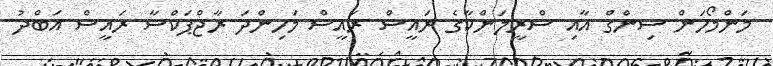
މަންމޯހަން ސިންގް އާއި ސްރީލަންކާގެ ރައީސް ރައީސް މަހިންދަ ރާޖްޕަކްސާ ރައީސް އަބްދު